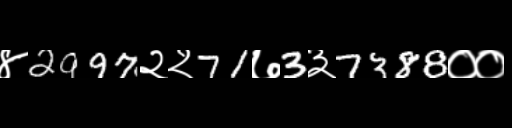
Text: ४2997२२71७3३7388००